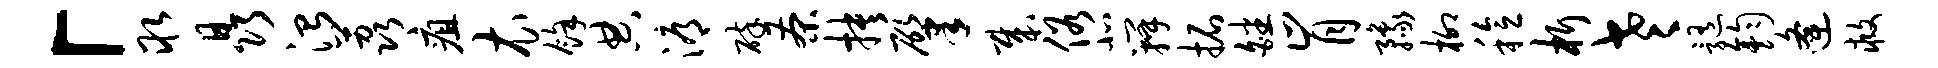
「取晶治荔疽衣余典溽碎茶抉肇哉俗北瓣拓皤肯豫柳稔析老髓钧逄救